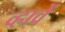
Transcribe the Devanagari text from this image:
व्हावें